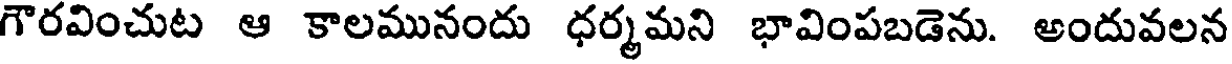
గౌరవించుట ఆ కాలమునందు ధర్మమని భావింపబడెను. అందువలన